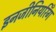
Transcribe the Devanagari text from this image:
इनजीनियरिँग